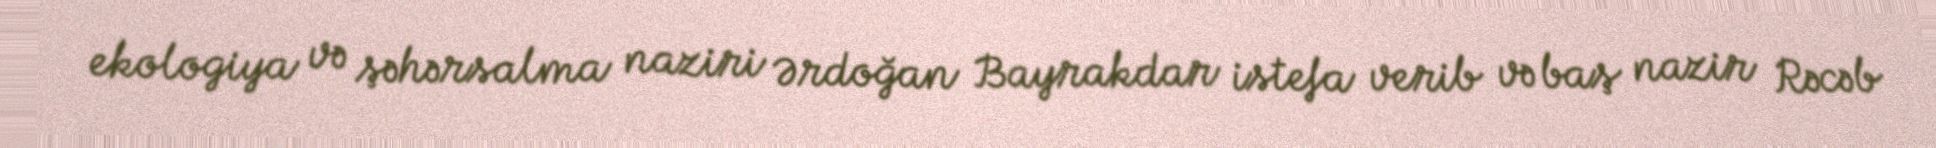
ekologiya və şəhərsalma naziri Ərdoğan Bayrakdar istefa verib və baş nazir Rəcəb